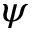
\psi